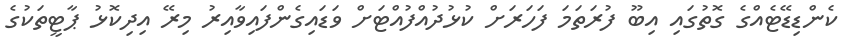
ކެންޑިޑޭޓެއްގެ ގޮތުގައި އިބޫ ފުރަތަމަ ފަހަރަށް ކުޅުދުއްފުއްޓަށް ވަޑައިގެންފައިވާއިރު މިރޭ އިދިކޮޅު ޕާޓީތަކުގެ